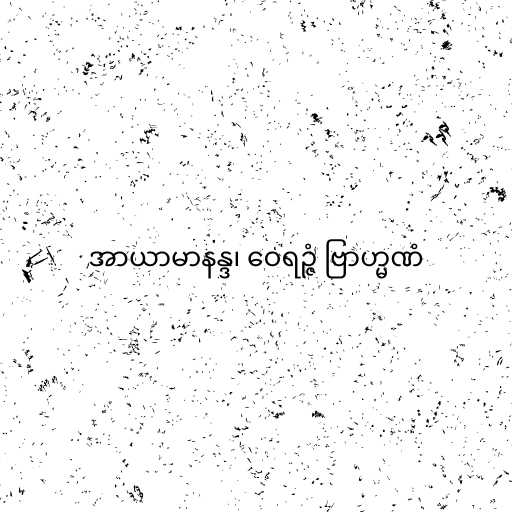
အာယာမာနန္ဒ၊ ဝေရဉ္ဇံ ဗြာဟ္မဏံ